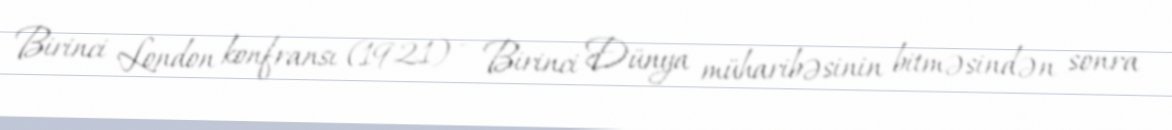
Birinci London konfransı (1921) - Birinci Dünya müharibəsinin bitməsindən sonra